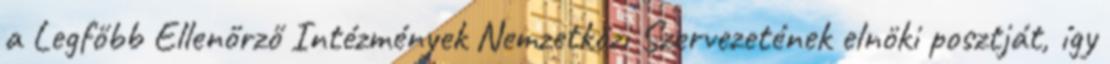
a Legfőbb Ellenőrző Intézmények Nemzetközi Szervezetének elnöki posztját, így